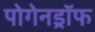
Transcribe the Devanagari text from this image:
पोगेनड्रॉफ